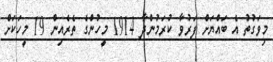
މިވަގުތު އެ ބައްޔަށް ފަރުވާ ކުރަމުންދާ 1914 މީހުންގެ ތެރެއިން 19 މީހަކަށް